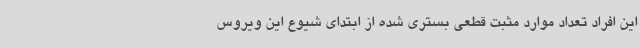
این افراد تعداد موارد مثبت قطعی بستری شده از ابتدای شیوع این ویروس